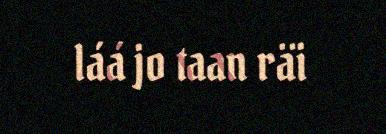
láá jo taan räi